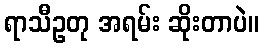
ရာသီဥတု အရမ်း ဆိုးတာပဲ။